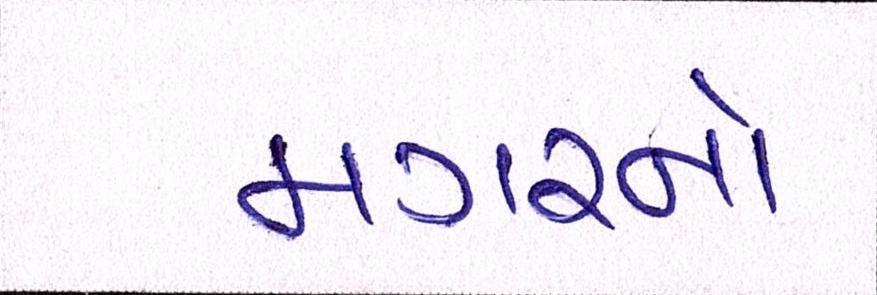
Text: મગરનો